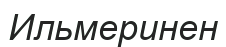
Ильмеринен